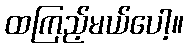
ထကြည့်မယ်ပေါ့။